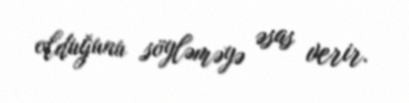
olduğunu söyləməyə əsas verir.